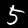
Label: 5